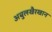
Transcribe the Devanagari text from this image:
अबुलखैरखान